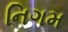
નિગમ